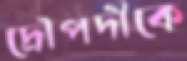
দ্রৌপদীকে